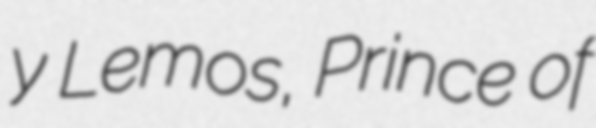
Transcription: y Lemos, Prince of